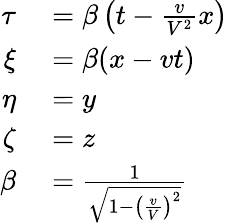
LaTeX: \begin{array}{rl}{\tau}&{{}=\beta\left(t-{\frac{v}{V^{2}}}x\right)}\\ {\xi}&{{}=\beta(x-vt)}\\ {\eta}&{{}=y}\\ {\zeta}&{{}=z}\\ {\beta}&{{}={\frac{1}{\sqrt{1-\left({\frac{v}{V}}\right)^{2}}}}}\end{array}